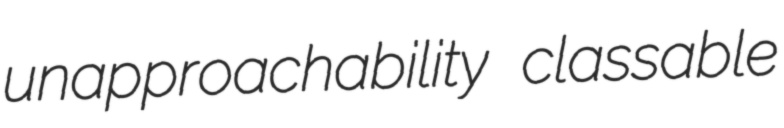
unapproachability classable